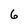
Character: 6